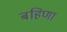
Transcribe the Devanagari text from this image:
बहिणा